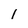
Character: 1